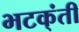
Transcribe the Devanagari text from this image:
भटक्ंती